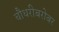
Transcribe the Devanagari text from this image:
चौधरीबरोबर